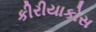
કીરીયાકોસ